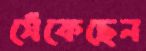
সেঁকেছেন